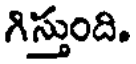
గిస్తుంది.